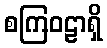
စကြဝဠာရှိ